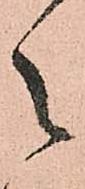
之